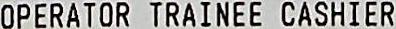
OPERATOR TRAINEE CASHIER